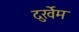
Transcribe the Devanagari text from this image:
दुर्खेम